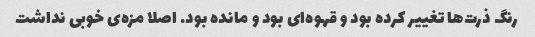
رنگ ذرت‌ها تغییر کرده بود و قهوه‌ای بود و مانده بود. اصلا مزه‌ی خوبی نداشت